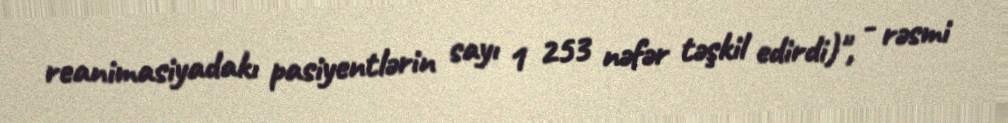
reanimasiyadakı pasiyentlərin sayı 1 253 nəfər təşkil edirdi)", - rəsmi